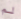
لم